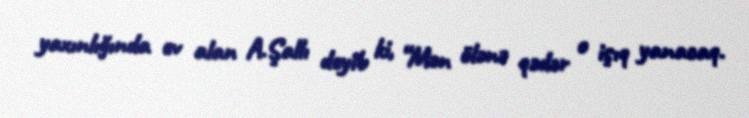
yaxınlığında ev alan A.Şallı deyib ki, “Mən ölənə qədər o işıq yanacaq.